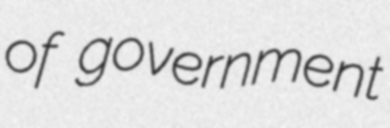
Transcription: of government